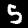
Label: 5